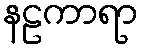
နဠကာရာ